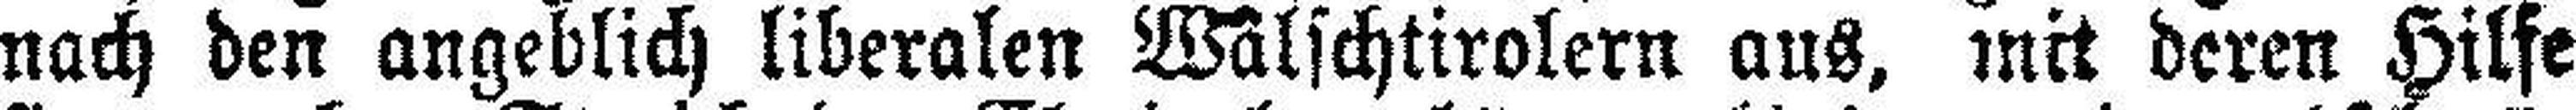
nach den angeblich liberalen Walschtirolern aus, mit deren Hilfe